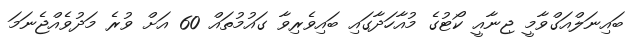
ބައިނަލްއަގްވާމީ ޖިނާއީ ކޯޓުގެ މުއާހަދާގައި ބައިވެރިވާ ގައުމުތައް 60 އަށް ވުރެ މަދުވެއްޖެނަމަ